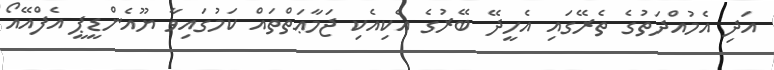
އަދި އެމުއްދަތުގެ ތެރޭގައި އެހީދޭ ބޭރުގެ އެކިއެކި ޖަމާޢަތްތައް ކަމުގައިވާ ޔޫއެންޑީޕީ އެފްއޭއޯ